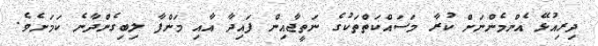
ދިރިއުޅޭ އެންމެންނަށް ކުރާ މަސައްކަތްތަކުގެ ނަތީޖާއިން ފައިދާ އާއި މަންފާ ލިބިގެންދާނެ ކަމަށެވެ.